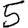
Digit: 5